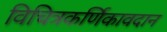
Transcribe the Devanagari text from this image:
विचित्रकर्णिकावदान